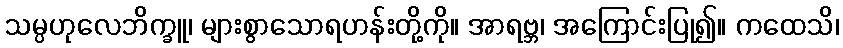
သမ္ပဟုလေဘိက္ခူ၊ များစွာသောရဟန်းတို့ကို။ အာရဗ္ဘ၊ အကြောင်းပြု၍။ ကထေသိ၊